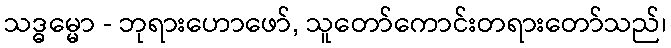
သဒ္ဓမ္မော - ဘုရားဟောဖော်, သူတော်ကောင်းတရားတော်သည်၊